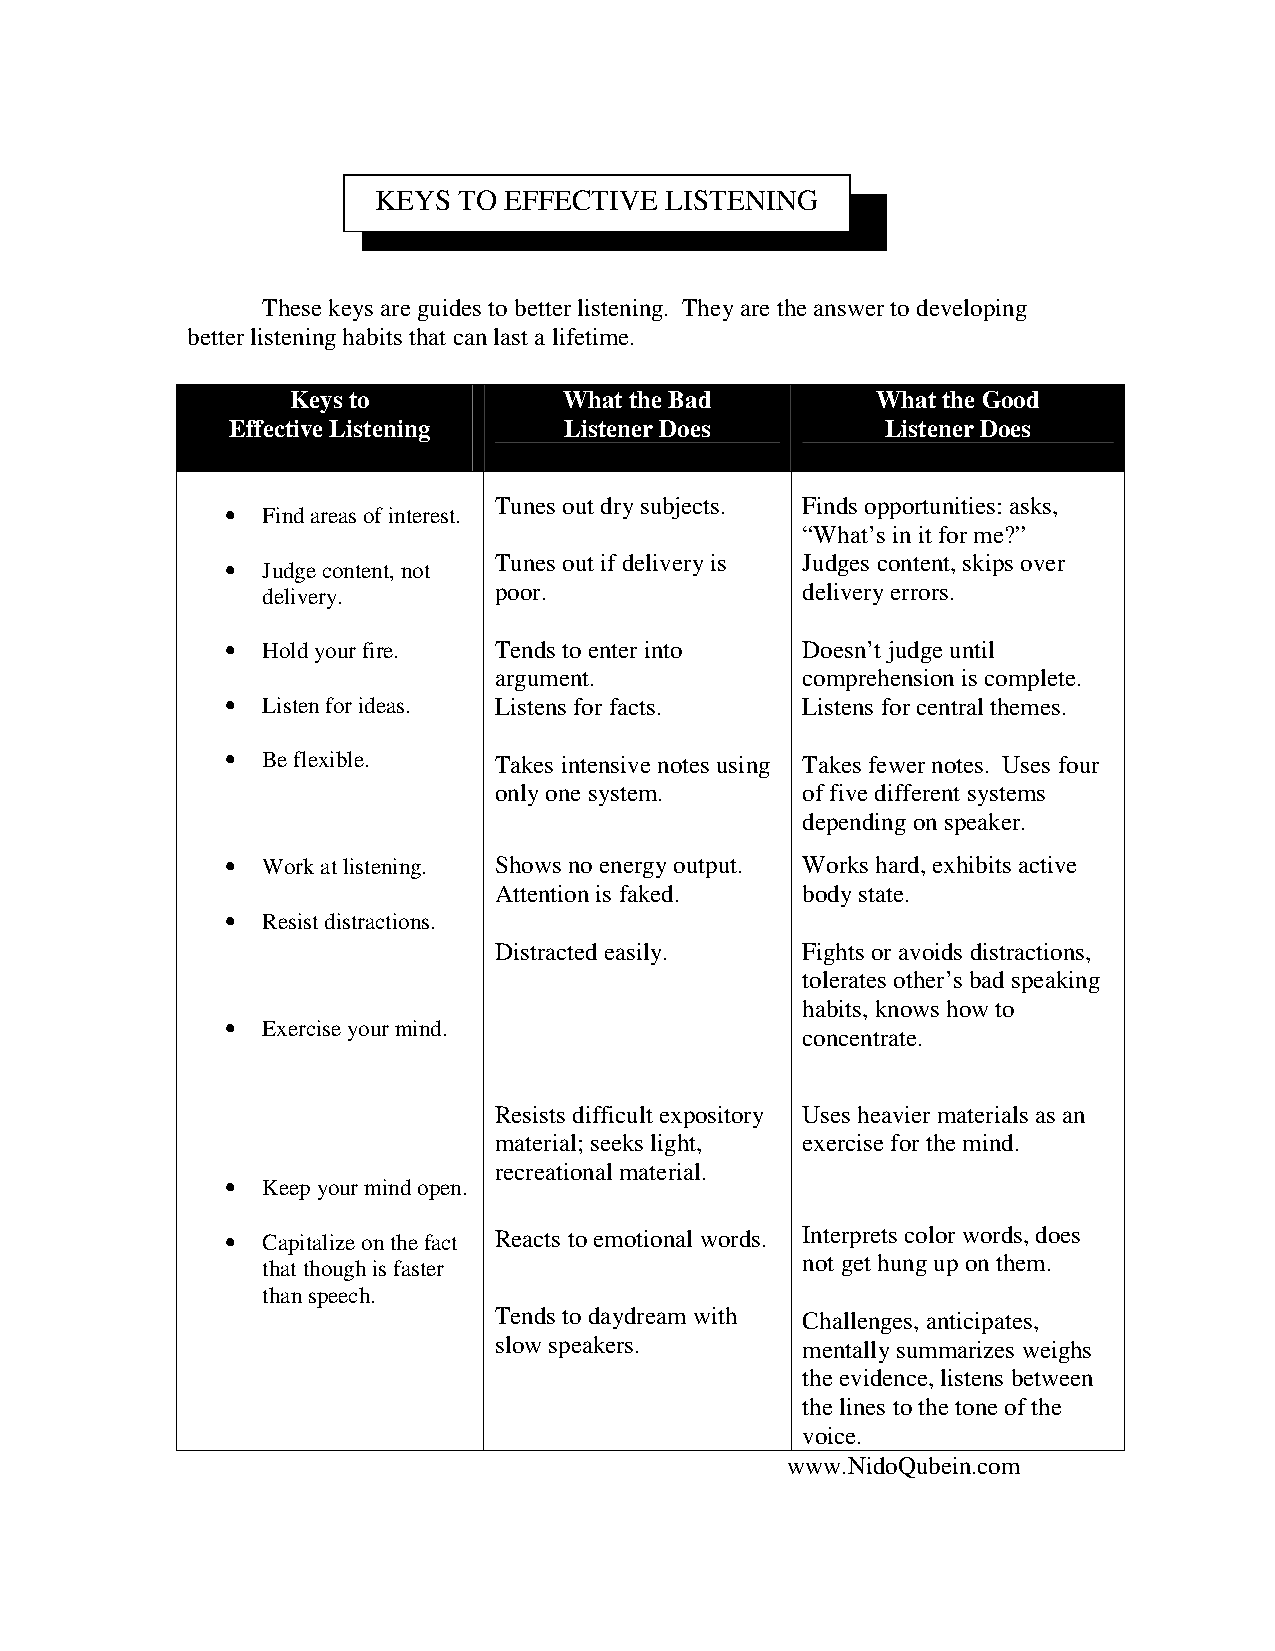
KEYS TO EFFECTIVE  LISTENING
 These keys are guides to better listening. They are the answer to developing
 better listening habits that can last a lifetime.
 Keys to           What the Bad         What the Good
 Effective Listening   Listener Does         Listener Does
 • Find areas of interest. T unes out dry subjects. Finds opportunities: asks,
 “What’s in it for me?”
 • Judge content, not Tunes out if delivery is Judges content, skips over
 delivery.       poor.               delivery errors.
 • Hold your fire. Tends to enter into Doesn’t judge until
 argument.           comprehension is complete.
 • Listen for ideas. Listens for facts. Listens for central themes.
 • Be flexible.    Takes intensive notes using Takes fewer notes. Uses four
 only one system.    of five different systems
 depending on speaker.
 • Work at listening. Shows no energy output. Works hard, exhibits active
 Attention is faked. body state.
 • Resist distractions.
 Distracted easily.  Fights or avoids distractions,
 tolerates other’s bad speaking
 habits, knows how to
 • Exercise your mind.
 concentrate.
 Resists difficult expository Uses heavier materials as an
 material; seeks light, exercise for the mind.
 recreational material.
 • Keep your mind open.
 • Capitalize on the fact Reacts to emotional words. Interprets color words, does
 that though is faster
 not get hung up on them.
 than speech.
 Tends to daydream with Challenges, anticipates,
 slow speakers.      mentally summarizes weighs
 the evidence, listens between
 the lines to the tone of the
 voice.
 www.NidoQubein.com